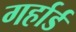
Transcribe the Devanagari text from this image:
गर्हार्ड